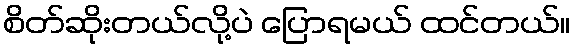
စိတ်ဆိုးတယ်လို့ပဲ ပြောရမယ် ထင်တယ်။